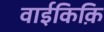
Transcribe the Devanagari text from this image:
वाईकिक़ि